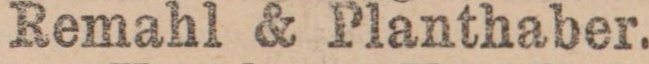
Remahl & Planthaber.